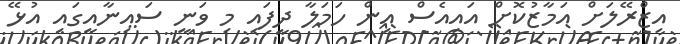
އިޒްރޭލަށް އަމާޒުކޮށް އައިއެސް އިން ހަމަލާ ދީފައި މި ވަނީ ސައިނާއީގައި އުޅޭ